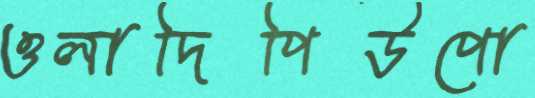
ওলাদিপিউপো